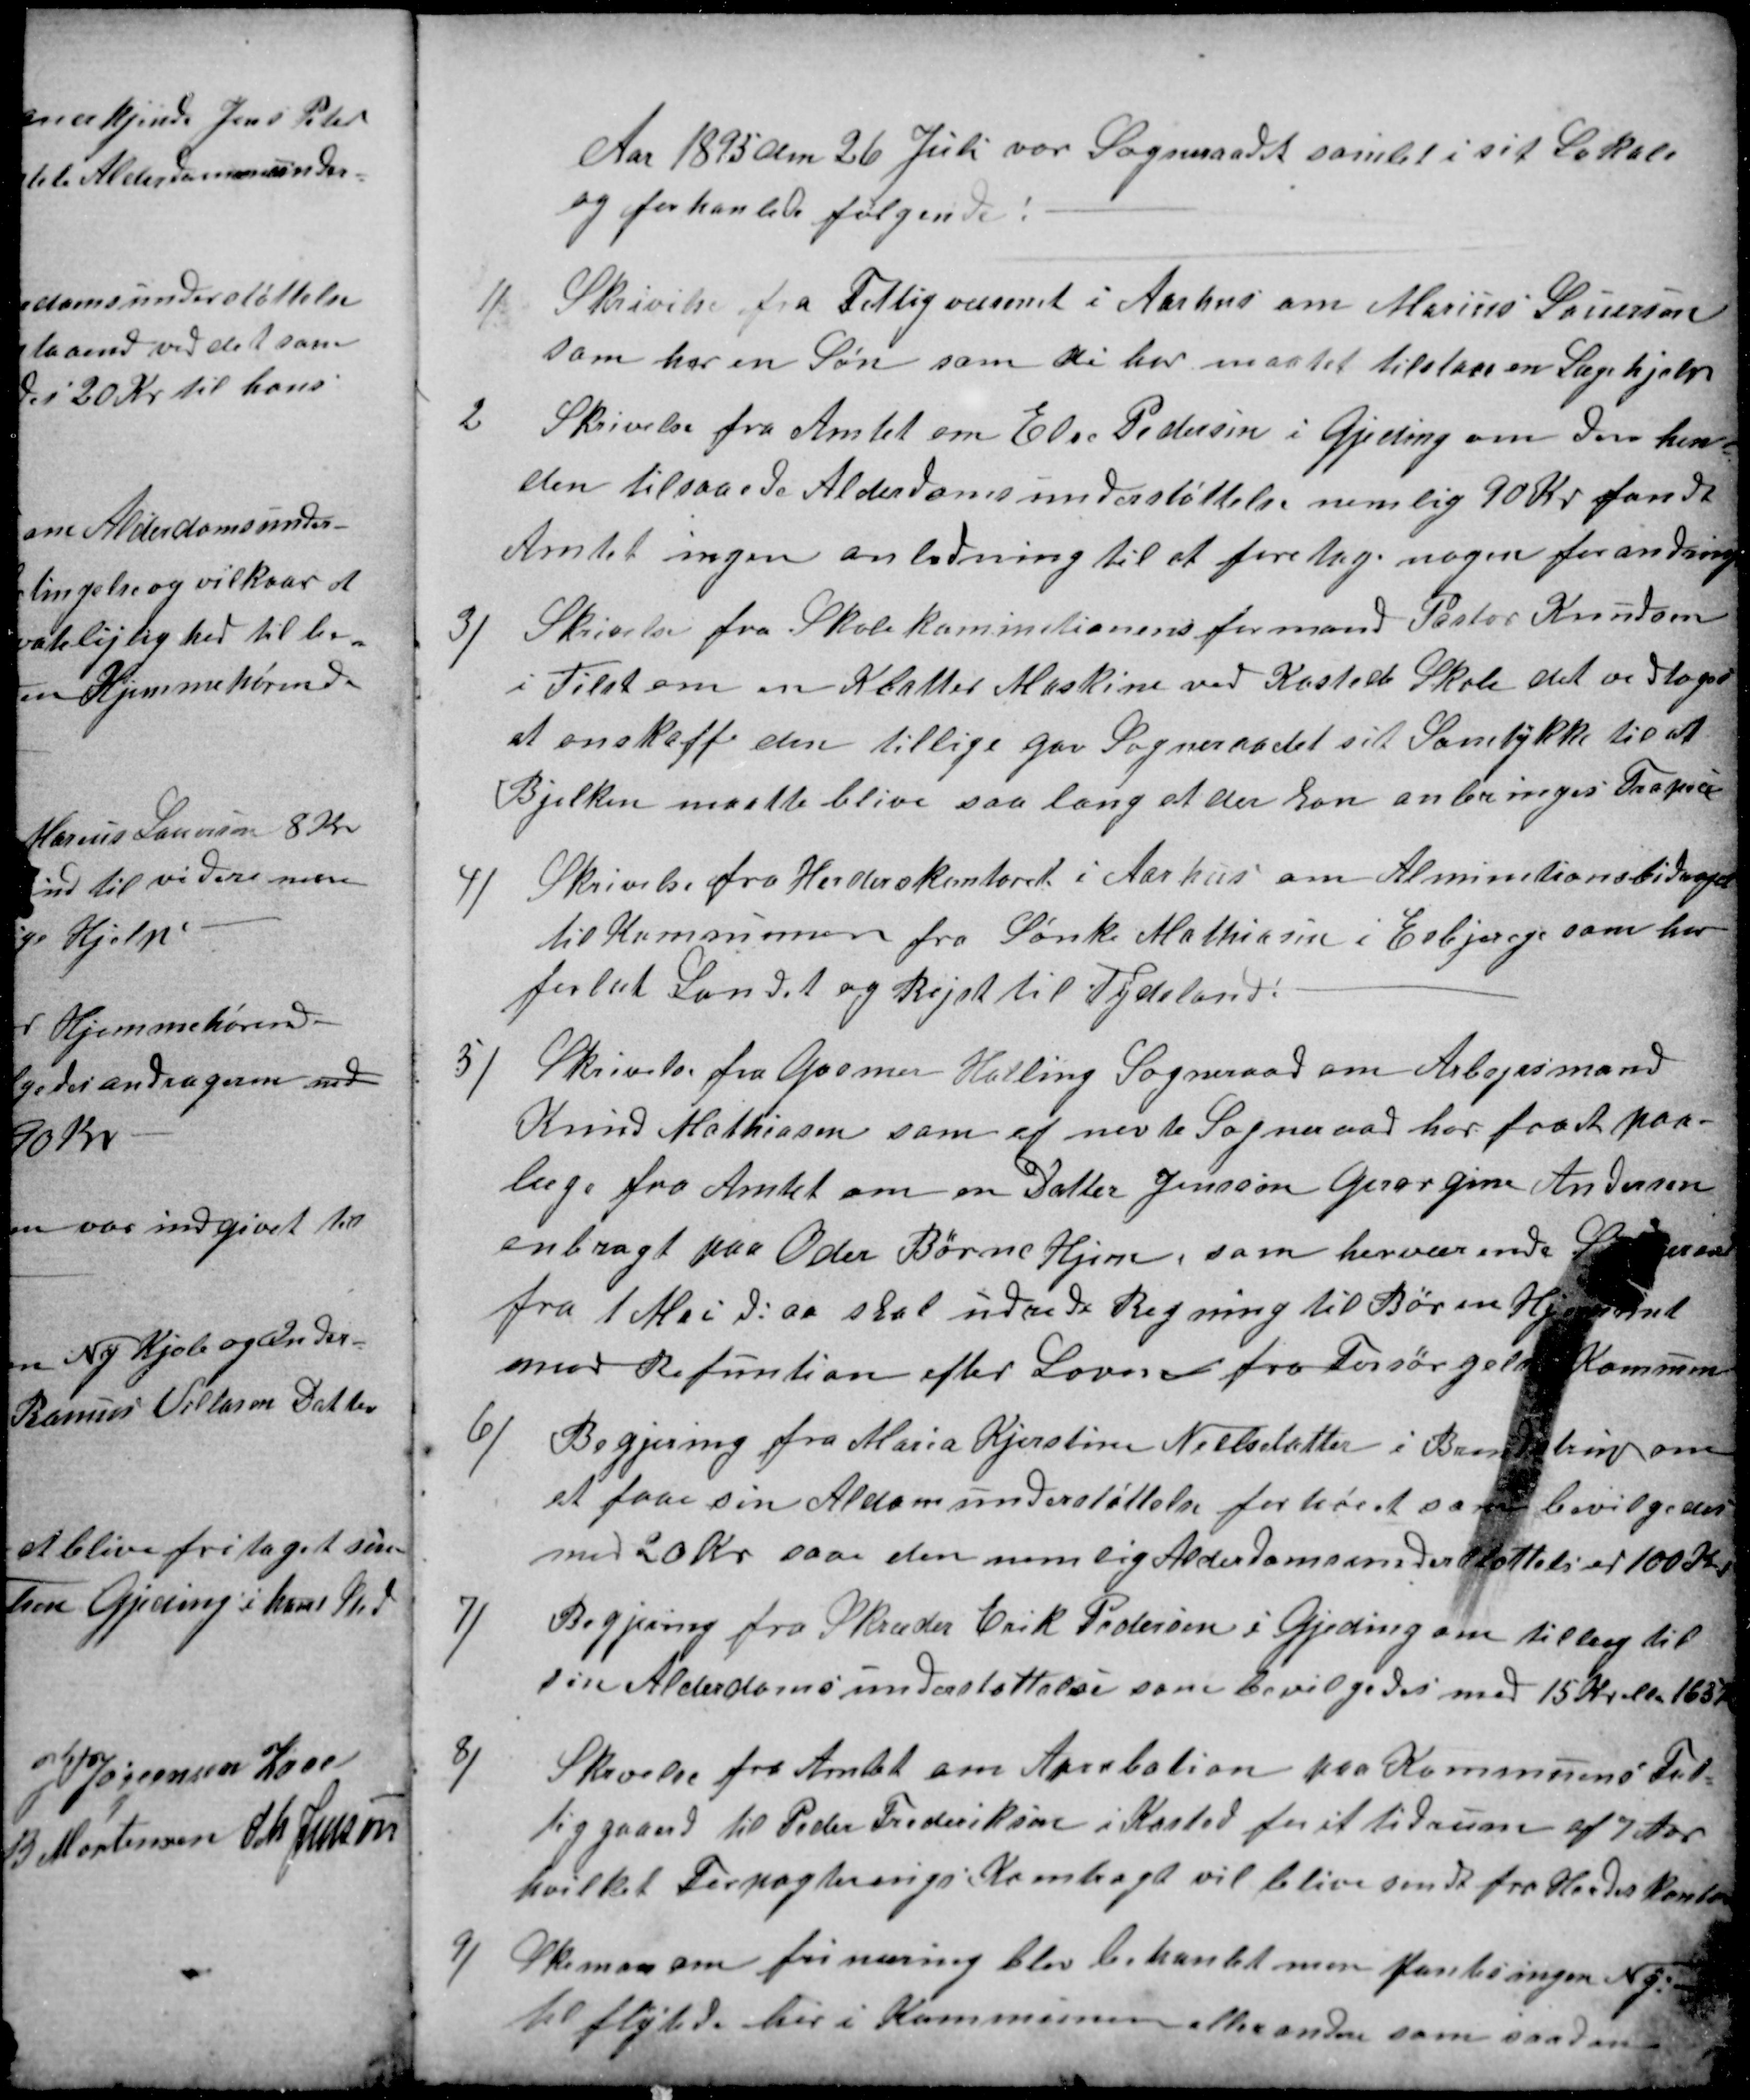
Transskription:
Aar 1895 den 26 Juli var Sogneraadet samlet i sit Lokale
og forhanlede følgende:
1)
Skrivelse fra Fattigvæsenet i Aarhus om Marius Lauersen
som har en Søn som di har maatet tilstaa en Lægehjælp
2
Skrivelse fra Amtet om Else Pedersen i Gjeding om den hen-
den tilsaaede Alderdomsunderstøttelse nemlig 90 Kr fandt
Amtet ingen anledning til at foretage nogen forandring
3)
Skrivelse fra Skolekomintionens formand Pastor Knudsen
i Tilst om en Klatter Maskine ved Kasted Skole det vedtoges
at anskaffe den tillige gav Sogneraadet sit Samtykke til at
Bjelken maatte blive saa lang at der kan anbringes Trapez
4)
Skrivelse fra Herderskontoret i Aarhus om Alminitionsbidraget
til Kommunen fra Sønke Mathiesen i Esbjerg som har
forlat Landet og Rejst til Tydsland.
5)
Skrivelse fra Gosmer Halling Sogneraad om Arbejrsmand
Knud Mathiasen som af nevte Sogneraad har faaet et paa-
læge fra Amtet om en Datter Jensine Georgine Andersen
anbragt paa Oder Børne Hjem, som herværende Sogneraad
fra 1 Mai d: aa skal udrede Regning til Børen Hjemmet
mod Refuntion efter Loven fra Forsørgelses Kommun
6)
Begjering fra Maria Kjerstine Nielsdatter i Brendstrup om
at faae sin Aldersunderstøttelse forhøiet som bevilgedes
med 20 kr. saa den nemlig Alderdomsunderstøttelse er 100 Kr.
7)
Begjering fra Skræder Erik Pedersen i Gjeding om tillæg til
sin Alderdomsunderstøttelse som bevilgedes med 15 Kr el la 165K
8)
Skivelse fra Amtet om Aprobation paa Kommunens Fat-
tiggaard til Peder Frederiksen i Kasted for et tidrum af 7 Aar
hvilket Forpagtnings Komtragt vil blive sendt fra Herderkontor
9)
Skeman om frinæring blev behandet men fantes ingen Ny-
tilflytede her i Kommunen eller andre som saadan